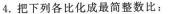
4.把下列各比化成最简整数比：